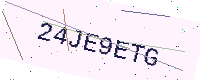
Text: 24JE9ETG